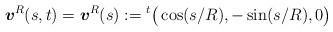
\begin{align*}\mbox{\mathversion{bold}$v$}^{R}(s,t) = \mbox{\mathversion{bold}$v$}^{R}(s):= {}^{t}\big( \cos(s/R), -\sin(s/R), 0 \big) \end{align*}